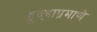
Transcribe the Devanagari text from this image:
हुद्द्याप्रमाणे